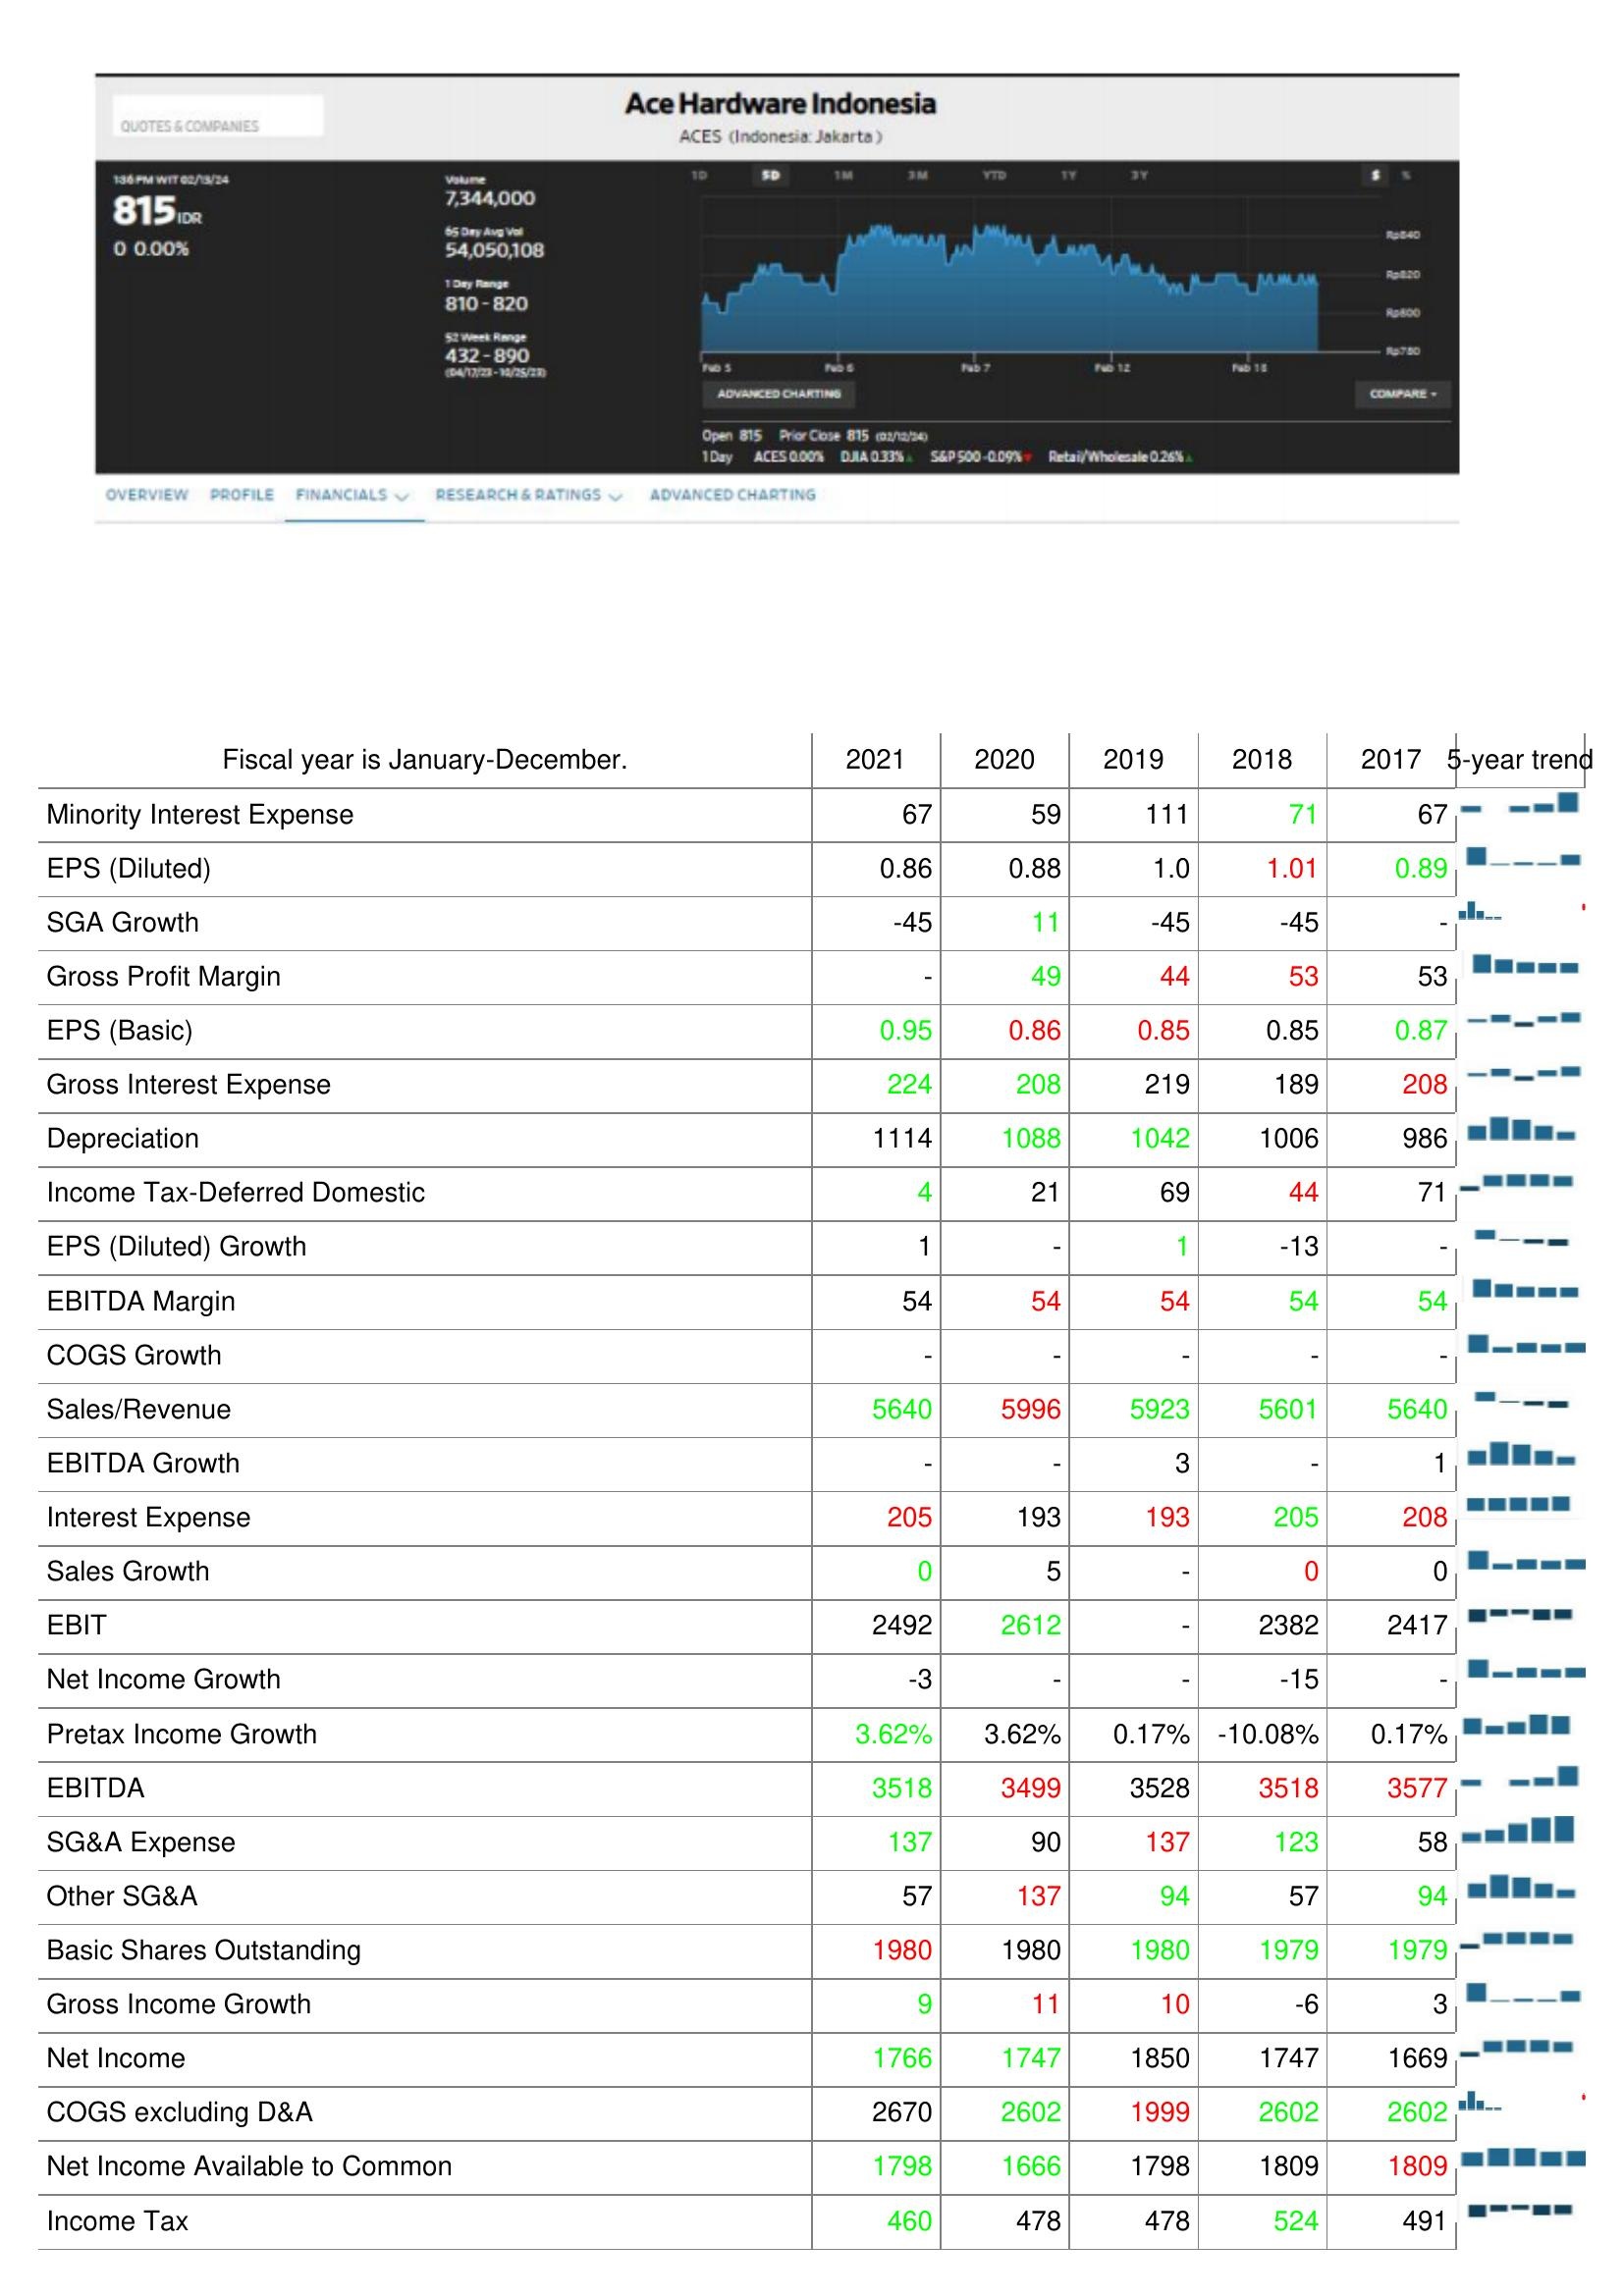
2021: : Minority Interest Expense: 67
EPS (Diluted): 0.86
SGA Growth: -45
Gross Profit Margin: -
EPS (Basic): 0.95
Gross Interest Expense: 224
Depreciation: 1114
Income Tax-Deferred Domestic: 4
EPS (Diluted) Growth: 1
EBITDA Margin: 54
COGS Growth: -
Sales/Revenue: 5640
EBITDA Growth: -
Interest Expense: 205
Sales Growth: 0
EBIT: 2492
Net Income Growth: -3
Pretax Income Growth: 3.62%
EBITDA: 3518
SG&A Expense: 137
Other SG&A: 57
Basic Shares Outstanding: 1980
Gross Income Growth: 9
Net Income: 1766
COGS excluding D&A: 2670
Net Income Available to Common: 1798
Income Tax: 460
2020: : Minority Interest Expense: 59
EPS (Diluted): 0.88
SGA Growth: 11
Gross Profit Margin: 49
EPS (Basic): 0.86
Gross Interest Expense: 208
Depreciation: 1088
Income Tax-Deferred Domestic: 21
EPS (Diluted) Growth: -
EBITDA Margin: 54
COGS Growth: -
Sales/Revenue: 5996
EBITDA Growth: -
Interest Expense: 193
Sales Growth: 5
EBIT: 2612
Net Income Growth: -
Pretax Income Growth: 3.62%
EBITDA: 3499
SG&A Expense: 90
Other SG&A: 137
Basic Shares Outstanding: 1980
Gross Income Growth: 11
Net Income: 1747
COGS excluding D&A: 2602
Net Income Available to Common: 1666
Income Tax: 478
2019: : Minority Interest Expense: 111
EPS (Diluted): 1.0
SGA Growth: -45
Gross Profit Margin: 44
EPS (Basic): 0.85
Gross Interest Expense: 219
Depreciation: 1042
Income Tax-Deferred Domestic: 69
EPS (Diluted) Growth: 1
EBITDA Margin: 54
COGS Growth: -
Sales/Revenue: 5923
EBITDA Growth: 3
Interest Expense: 193
Sales Growth: -
EBIT: -
Net Income Growth: -
Pretax Income Growth: 0.17%
EBITDA: 3528
SG&A Expense: 137
Other SG&A: 94
Basic Shares Outstanding: 1980
Gross Income Growth: 10
Net Income: 1850
COGS excluding D&A: 1999
Net Income Available to Common: 1798
Income Tax: 478
2018: : Minority Interest Expense: 71
EPS (Diluted): 1.01
SGA Growth: -45
Gross Profit Margin: 53
EPS (Basic): 0.85
Gross Interest Expense: 189
Depreciation: 1006
Income Tax-Deferred Domestic: 44
EPS (Diluted) Growth: -13
EBITDA Margin: 54
COGS Growth: -
Sales/Revenue: 5601
EBITDA Growth: -
Interest Expense: 205
Sales Growth: 0
EBIT: 2382
Net Income Growth: -15
Pretax Income Growth: -10.08%
EBITDA: 3518
SG&A Expense: 123
Other SG&A: 57
Basic Shares Outstanding: 1979
Gross Income Growth: -6
Net Income: 1747
COGS excluding D&A: 2602
Net Income Available to Common: 1809
Income Tax: 524
2017: : Minority Interest Expense: 67
EPS (Diluted): 0.89
SGA Growth: -
Gross Profit Margin: 53
EPS (Basic): 0.87
Gross Interest Expense: 208
Depreciation: 986
Income Tax-Deferred Domestic: 71
EPS (Diluted) Growth: -
EBITDA Margin: 54
COGS Growth: -
Sales/Revenue: 5640
EBITDA Growth: 1
Interest Expense: 208
Sales Growth: 0
EBIT: 2417
Net Income Growth: -
Pretax Income Growth: 0.17%
EBITDA: 3577
SG&A Expense: 58
Other SG&A: 94
Basic Shares Outstanding: 1979
Gross Income Growth: 3
Net Income: 1669
COGS excluding D&A: 2602
Net Income Available to Common: 1809
Income Tax: 491